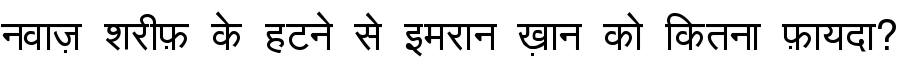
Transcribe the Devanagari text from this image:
नवाज़ शरीफ़ के हटने से इमरान ख़ान को कितना फ़ायदा?